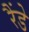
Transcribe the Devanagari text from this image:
रैंडे